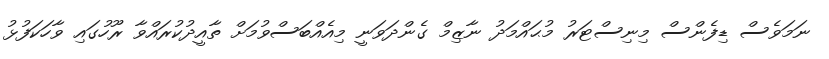
ނަމަވެސް ޑިފެންސް މިނިސްޓަރު މުޙައްމަދު ނާޒިމް ގެންދަވަނީ މިއެއްބަސްވުމަށް ތާއީދުކުރައްވާ ރޫހުގައި ވާހަކަފުޅު